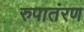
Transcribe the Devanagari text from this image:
रुपातंरण